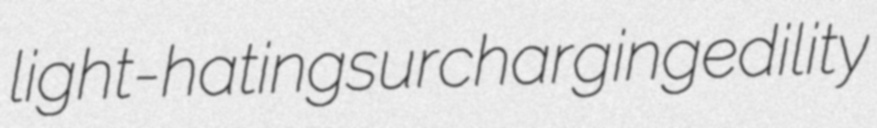
light-hating surcharging edility